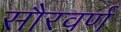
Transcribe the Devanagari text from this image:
सौरवर्ण